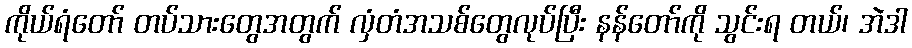
ကိုယ်ရံတော် တပ်သားတွေအတွက် လှံတံအသစ်တွေလုပ်ပြီး နန်တော်ကို သွင်းရ တယ်၊ အဲဒါ